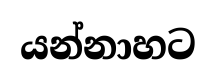
යන්නාහට